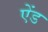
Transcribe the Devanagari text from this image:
एेंड